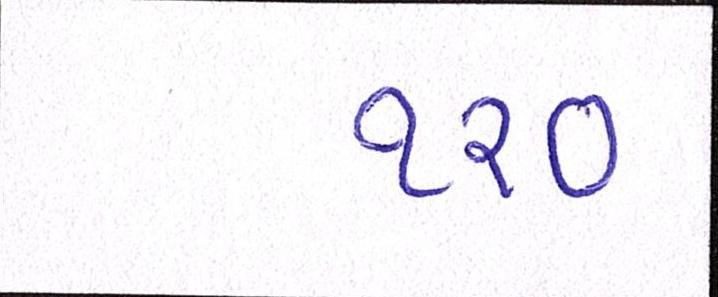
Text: ૧૨૦